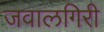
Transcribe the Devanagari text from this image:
जवालगिरी